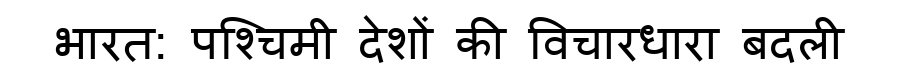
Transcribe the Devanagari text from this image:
भारत: पश्चिमी देशों की विचारधारा बदली